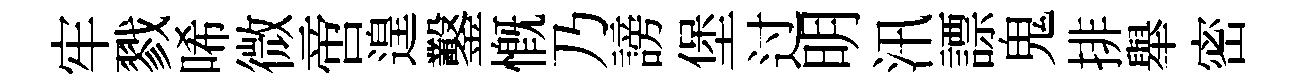
牢戮唏微啻遑鑿慨乃謗堡过明汛謤鬼排舉密